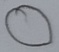
Text: O